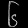
Digit: ၆